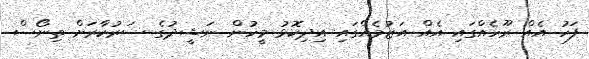
ފަހު އެއް ރޫހެއްގައި އެއް އަޒުމެއްގައި އިދިކޮޅު މީހުން ނަޝީދުގެ ސަރުކާރަށް ތިނޯސް